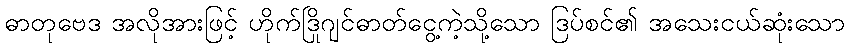
ဓာတုဗေဒ အလိုအားဖြင့် ဟိုက်ဒြိုဂျင်ဓာတ်ငွေ့ကဲ့သို့သော ဒြပ်စင်၏ အသေးငယ်ဆုံးသော